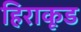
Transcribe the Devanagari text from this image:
हिराकूड